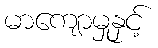
မာကျောမှုနှင့်